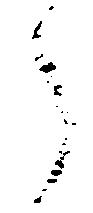
了